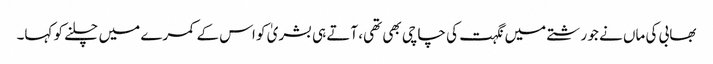
بھابی کی ماں نے جو رشتے میں نگہت کی چاچی بھی تھی، آتے ہی بشریٰ کو اس کے کمرے میں چلنے کو کہا۔